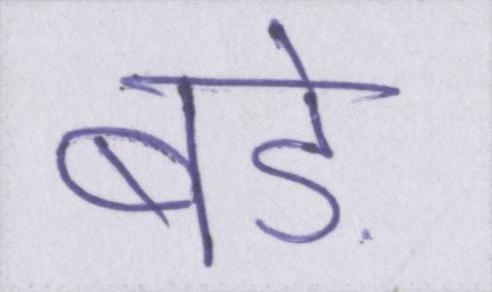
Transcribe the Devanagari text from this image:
बडे़